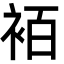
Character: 袹